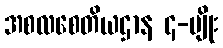
အစလစေတိယဌာန ၄-မျိုး